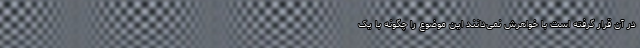
در آن قرار گرفته است با خواهرش نمی‌دانند این موضوع را چگونه با یک